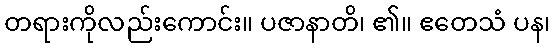
တရားကိုလည်းကောင်း။ ပဇာနာတိ၊ ၏။ ဧတေသံ ပန၊